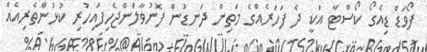
ފޯވަޑް ޑިއެގޯ ކޯސްޓާ އަކީ ދެ ފަހަރެއްގެ މަތިން ދަނޑުން ފޮނުވާލަންޖެހިފައިހުރި ކުޅުންތެރިއެއް